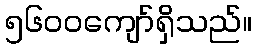
၅၆၀၀ကျော်ရှိသည်။